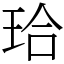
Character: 珨